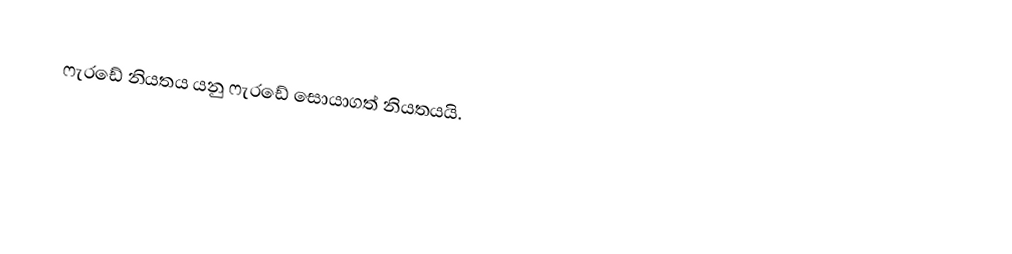
ෆැරඩේ නියතය යනු ෆැරඩේ සොයාගත් නියතයයි.